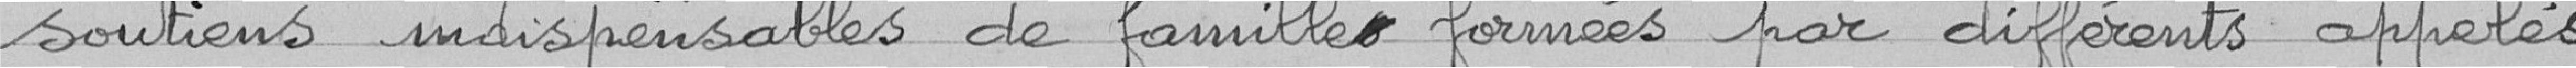
soutiens indispensables de famille formées par différents appelés